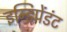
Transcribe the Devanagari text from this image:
इन्डिपेंडंट